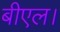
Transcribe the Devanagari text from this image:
बीएल।